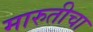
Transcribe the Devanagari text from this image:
मारुतीचा